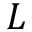
L